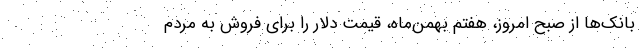
بانک‌ها از صبح امروز، هفتم بهمن‌ماه، قیمت دلار را برای فروش به مردم